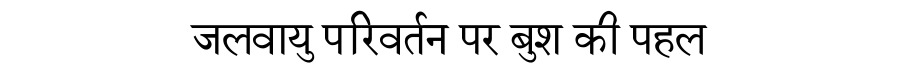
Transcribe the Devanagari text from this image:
जलवायु परिवर्तन पर बुश की पहल